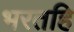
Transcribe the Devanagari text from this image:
भरतहि